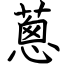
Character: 蔥